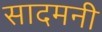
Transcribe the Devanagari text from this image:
सादमनी